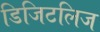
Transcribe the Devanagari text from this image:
डिजिटलिज